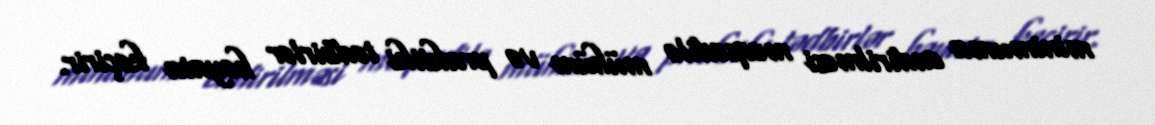
minimuma endirilməsi məqsədilə mühüm və praktiki tədbirlər həyata keçirir.